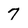
Character: 7